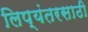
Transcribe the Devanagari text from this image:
लिप्यंतरसाठी